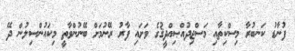
ފުނާޑު ކަނބުރާ މިސްކިތާއި މަސްޖިދުއްޞިއްދީޤުގެ ވަށައި ފާރު ރޭނުމަށް ބޭނުންވާތީ މިކައުންސިލުން ދޭ